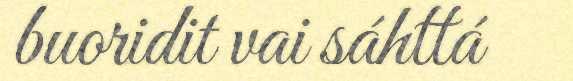
buoridit vai sáhttá